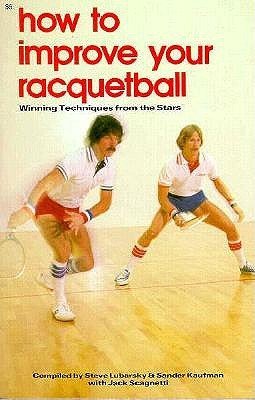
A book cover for How to Improve Your Racquetball: Winning Techniques from the Stars; Steve Lubarsky; Sports & Outdoors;